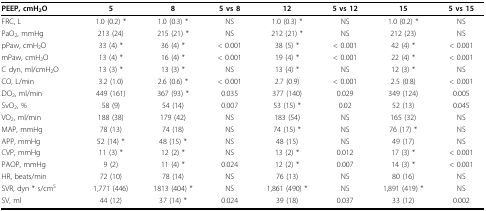
<table><thead><tr><td><b>PEEP, cmH<sub>2</sub>O</b></td><td><b>5</b></td><td><b>8</b></td><td><b>5 vs 8</b></td><td><b>12</b></td><td><b>5 vs 12</b></td><td><b>15</b></td><td><b>5 vs 15</b></td></tr></thead><tbody><tr><td>FRC, L</td><td>1.0 (0.2) *</td><td>1.0 (0.3) *</td><td>NS</td><td>1.0 (0.3) *</td><td>NS</td><td>1.0 (0.2) *</td><td>NS</td></tr><tr><td>PaO<sub>2</sub>, mmHg</td><td>213 (24)</td><td>215 (21) *</td><td>NS</td><td>212 (21) *</td><td>NS</td><td>212 (23)</td><td>NS</td></tr><tr><td>pPaw, cmH<sub>2</sub>O</td><td>33 (4) *</td><td>36 (4) *</td><td>&lt; 0.001</td><td>38 (5) *</td><td>&lt; 0.001</td><td>42 (4) *</td><td>&lt; 0.001</td></tr><tr><td>mPaw, cmH<sub>2</sub>O</td><td>13 (4) *</td><td>16 (4) *</td><td>&lt; 0.001</td><td>19 (4) *</td><td>&lt; 0.001</td><td>22 (4) *</td><td>&lt; 0.001</td></tr><tr><td>C dyn, ml/cmH<sub>2</sub>O</td><td>13 (3) *</td><td>13 (3) *</td><td>NS</td><td>13 (4) *</td><td>NS</td><td>12 (3) *</td><td>NS</td></tr><tr><td>CO, L/min</td><td>3.2 (1.0)</td><td>2.6 (0.6) *</td><td>&lt; 0.001</td><td>2.7 (0.9)</td><td>&lt; 0.001</td><td>2.5 (0.8)</td><td>&lt; 0.001</td></tr><tr><td>DO<sub>2</sub>, ml/min</td><td>449 (161)</td><td>367 (93) *</td><td>0.035</td><td>377 (140)</td><td>0.029</td><td>349 (124)</td><td>0.005</td></tr><tr><td>SvO<sub>2</sub>, %</td><td>58 (9)</td><td>54 (14)</td><td>0.007</td><td>53 (15) *</td><td>0.02</td><td>52 (13)</td><td>0.045</td></tr><tr><td>VO<sub>2</sub>, ml/min</td><td>188 (38)</td><td>179 (42)</td><td>NS</td><td>183 (54)</td><td>NS</td><td>165 (32)</td><td>NS</td></tr><tr><td>MAP, mmHg</td><td>78 (13)</td><td>74 (18)</td><td>NS</td><td>74 (15) *</td><td>NS</td><td>76 (17) *</td><td>NS</td></tr><tr><td>APP, mmHg</td><td>52 (14) *</td><td>48 (15) *</td><td>NS</td><td>48 (15)</td><td>NS</td><td>49 (17)</td><td>NS</td></tr><tr><td>CVP, mmHg</td><td>11 (3) *</td><td>12 (2) *</td><td>NS</td><td>13 (2) *</td><td>0.012</td><td>17 (3) *</td><td>&lt; 0.001</td></tr><tr><td>PAOP, mmHg</td><td>9 (2)</td><td>11 (4) *</td><td>0.024</td><td>12 (2) *</td><td>0.007</td><td>14 (3) *</td><td>&lt; 0.001</td></tr><tr><td>HR, beats/min</td><td>72 (10)</td><td>78 (14)</td><td>NS</td><td>76 (13)</td><td>NS</td><td>80 (16)</td><td>NS</td></tr><tr><td>SVR, dyn * s/cm<sup>5</sup></td><td>1,771 (446)</td><td>1813 (404) *</td><td>NS</td><td>1,861 (490) *</td><td>NS</td><td>1,891 (419) *</td><td>NS</td></tr><tr><td>SV, ml</td><td>44 (12)</td><td>37 (14) *</td><td>0.024</td><td>39 (18)</td><td>0.037</td><td>33 (12)</td><td>0.002</td></tr></tbody></table>